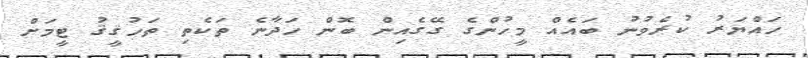
ހައްޔަރު ކުރެވުނު ބައެއް މީހުންގެ ގޭގެއިން ބޮން ހަދާނެ ތަކެތި ތަހުޤީޤު ޓީމަށް